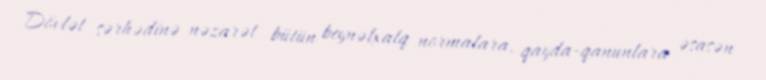
Dövlət sərhədinə nəzarət bütün beynəlxalq normalara, qayda-qanunlara əsasən